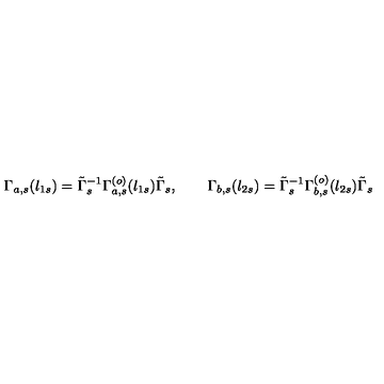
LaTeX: \Gamma _ { a , s } ( l _ { 1 s } ) = \tilde { \Gamma } _ { s } ^ { - 1 } \Gamma _ { a , s } ^ { ( o ) } ( l _ { 1 s } ) \tilde { \Gamma } _ { s } , \qquad \Gamma _ { b , s } ( l _ { 2 s } ) = \tilde { \Gamma } _ { s } ^ { - 1 } \Gamma _ { b , s } ^ { ( o ) } ( l _ { 2 s } ) \tilde { \Gamma } _ { s }